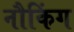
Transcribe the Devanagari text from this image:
नौकिंग